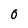
Character: 0